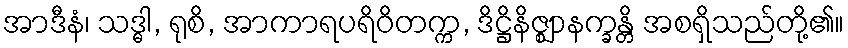
အာဒီနံ၊ သဒ္ဓါ, ရုစိ, အာကာရပရိဝိတက္က, ဒိဋ္ဌိနိဇ္ဈာနက္ခန္တိ အစရှိသည်တို့၏။